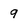
Character: 9